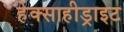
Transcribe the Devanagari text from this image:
हेक्साहीड्राइट